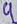
Text: 4